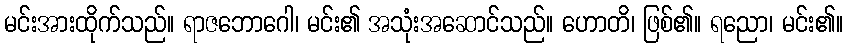
မင်းအားထိုက်သည်။ ရာဇဘောဂေါ၊ မင်း၏ အသုံးအဆောင်သည်။ ဟောတိ၊ ဖြစ်၏။ ရညော၊ မင်း၏။